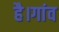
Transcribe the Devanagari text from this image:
है।गांव